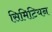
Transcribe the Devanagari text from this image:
सिमिटियन